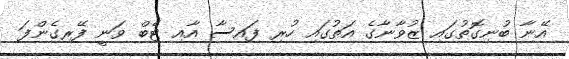
އޭނާ ބުނިގޮތުގައި ޒުވާނާގެ އަތުގައި ހުރި ފައިސާ އާއި ޓެބް ވަނީ ފޭރިގެންފަ